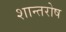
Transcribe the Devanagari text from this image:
शान्तरोष